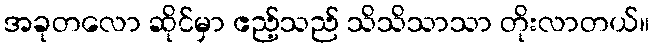
အခုတလော ဆိုင်မှာ ဧည့်သည် သိသိသာသာ တိုးလာတယ်။